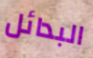
البدائل